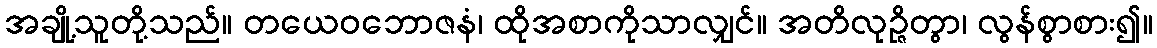
အချို့သူတို့သည်။ တယေဝဘောဇနံ၊ ထိုအစာကိုသာလျှင်။ အတိလုဉ္ဇိတွာ၊ လွန်စွာစား၍။